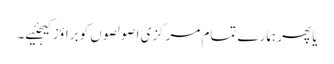
یا پھر ہمارے تمام مرکزی اصولصوں کو براؤز کیجئیے۔